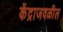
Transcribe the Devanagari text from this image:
केंद्राजवळील